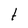
Character: t